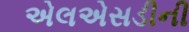
એલએસડીની